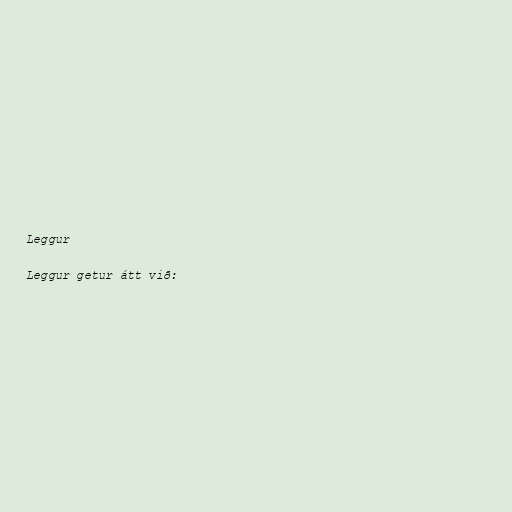
Leggur

Leggur getur átt við: